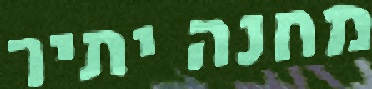
מחנה יתיר